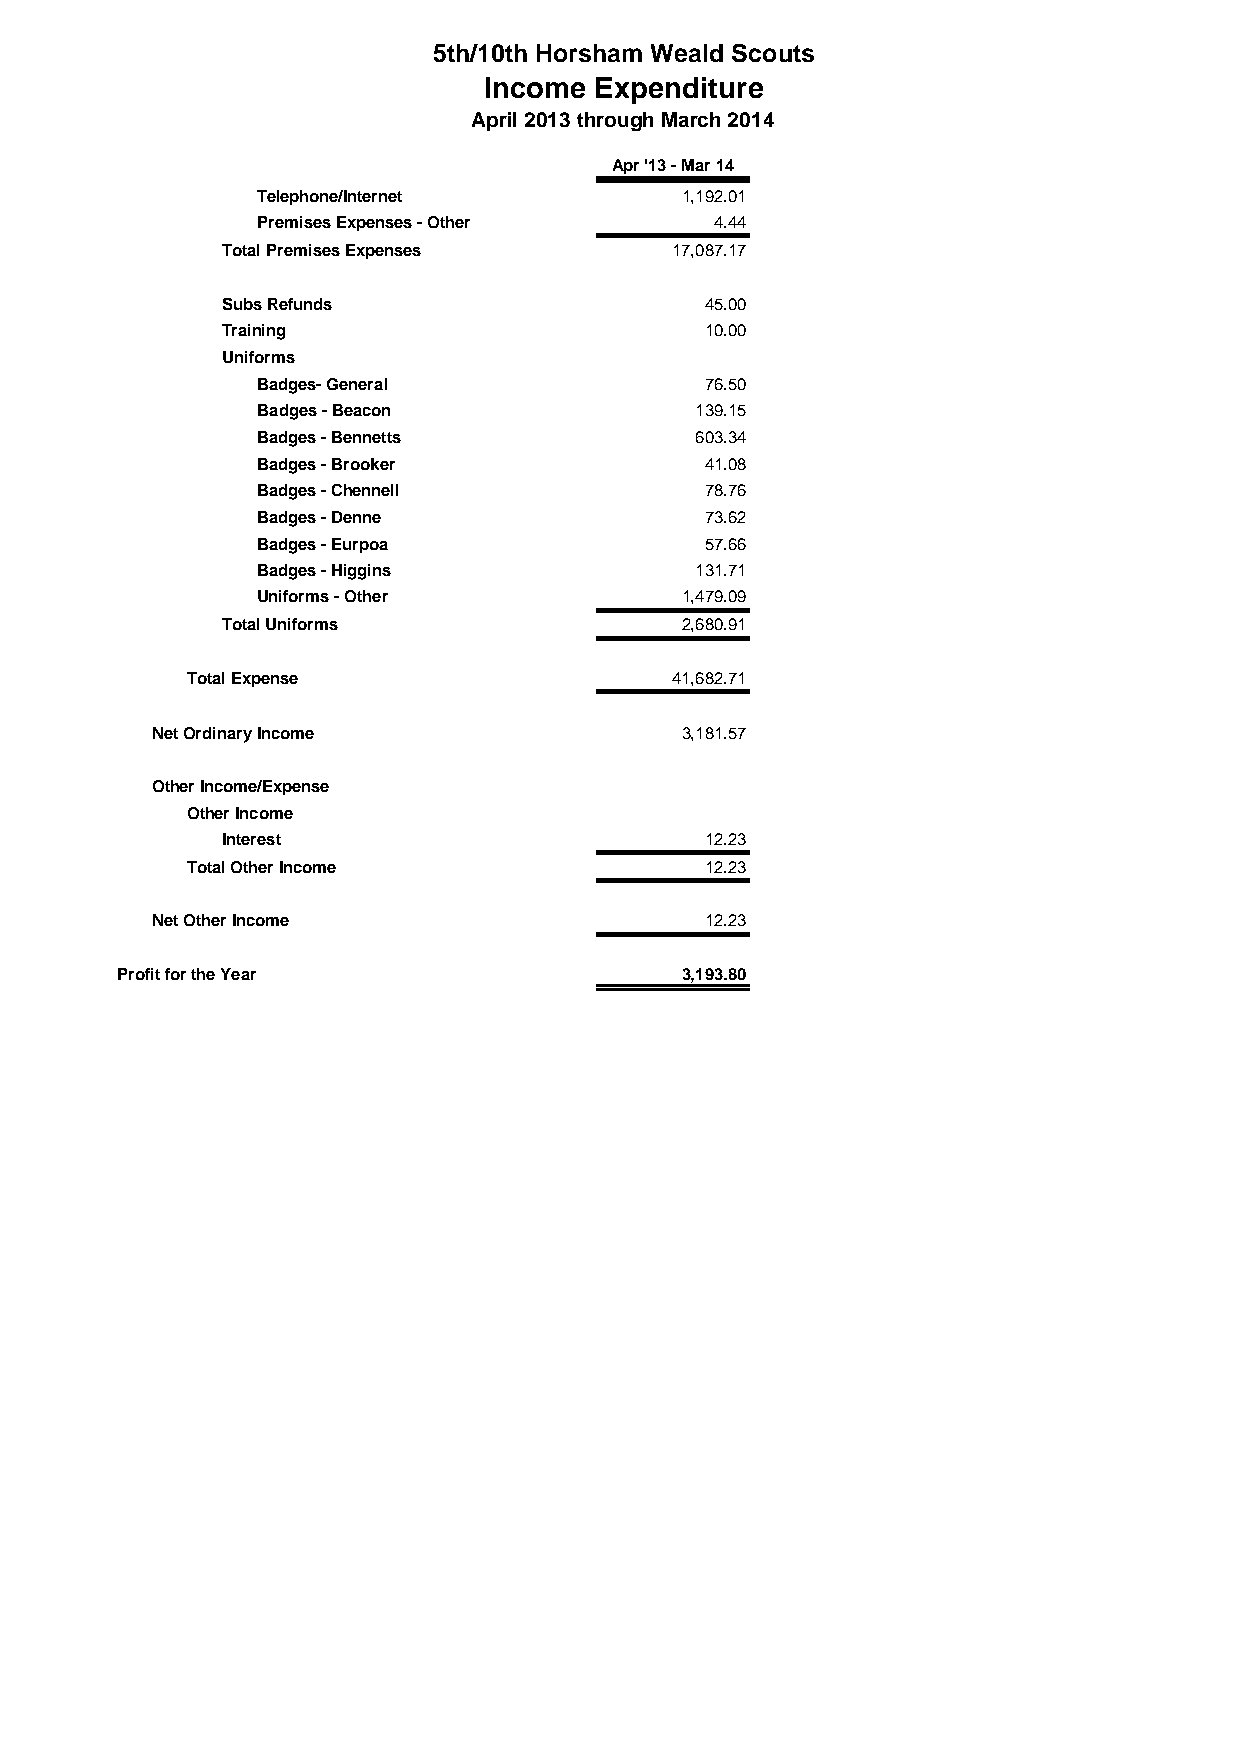
5th/10th Horsham Weald Scouts
 Income Expenditure
 April 2013 through March 2014
 Apr '13 - Mar 14
 Telephone/Internet          1,192.01
 Premises Expenses - Other     4.44
 Total Premises Expenses      17,087.17
 Subs Refunds                    45.00
 Training                        10.00
 Uniforms
 Badges- General               76.50
 Badges - Beacon              139.15
 Badges - Bennetts            603.34
 Badges - Brooker              41.08
 Badges - Chennell             78.76
 Badges - Denne                73.62
 Badges - Eurpoa               57.66
 Badges - Higgins             131.71
 Uniforms - Other            1,479.09
 Total Uniforms                2,680.91
 Total Expense                   41,682.71
 Net Ordinary Income                3,181.57
 Other Income/Expense
 Other Income
 Interest                        12.23
 Total Other Income                 12.23
 Net Other Income                     12.23
 Profit for the Year                  3,193.80